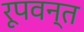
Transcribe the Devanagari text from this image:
रूपवन्त